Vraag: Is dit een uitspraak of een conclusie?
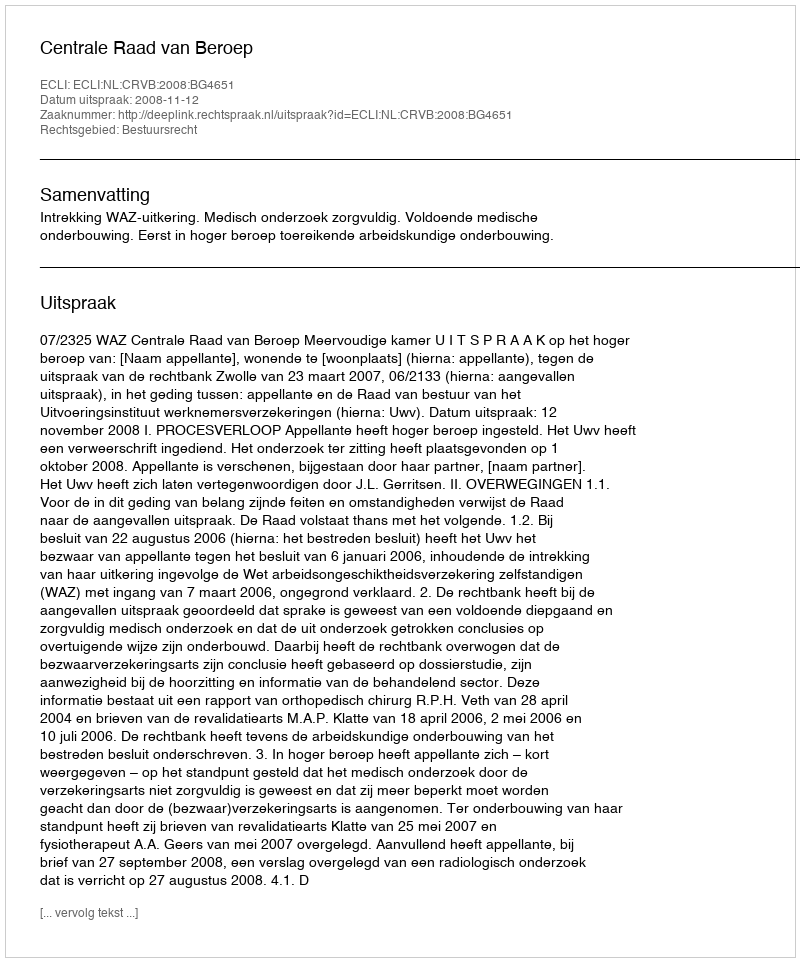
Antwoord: Uitspraak